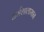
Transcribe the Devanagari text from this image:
धर्मशालामान